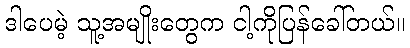
ဒါပေမဲ့ သူ့အမျိုးတွေက ငါ့ကိုပြန်ခေါ်တယ်။